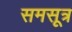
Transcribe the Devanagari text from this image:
समसूत्र